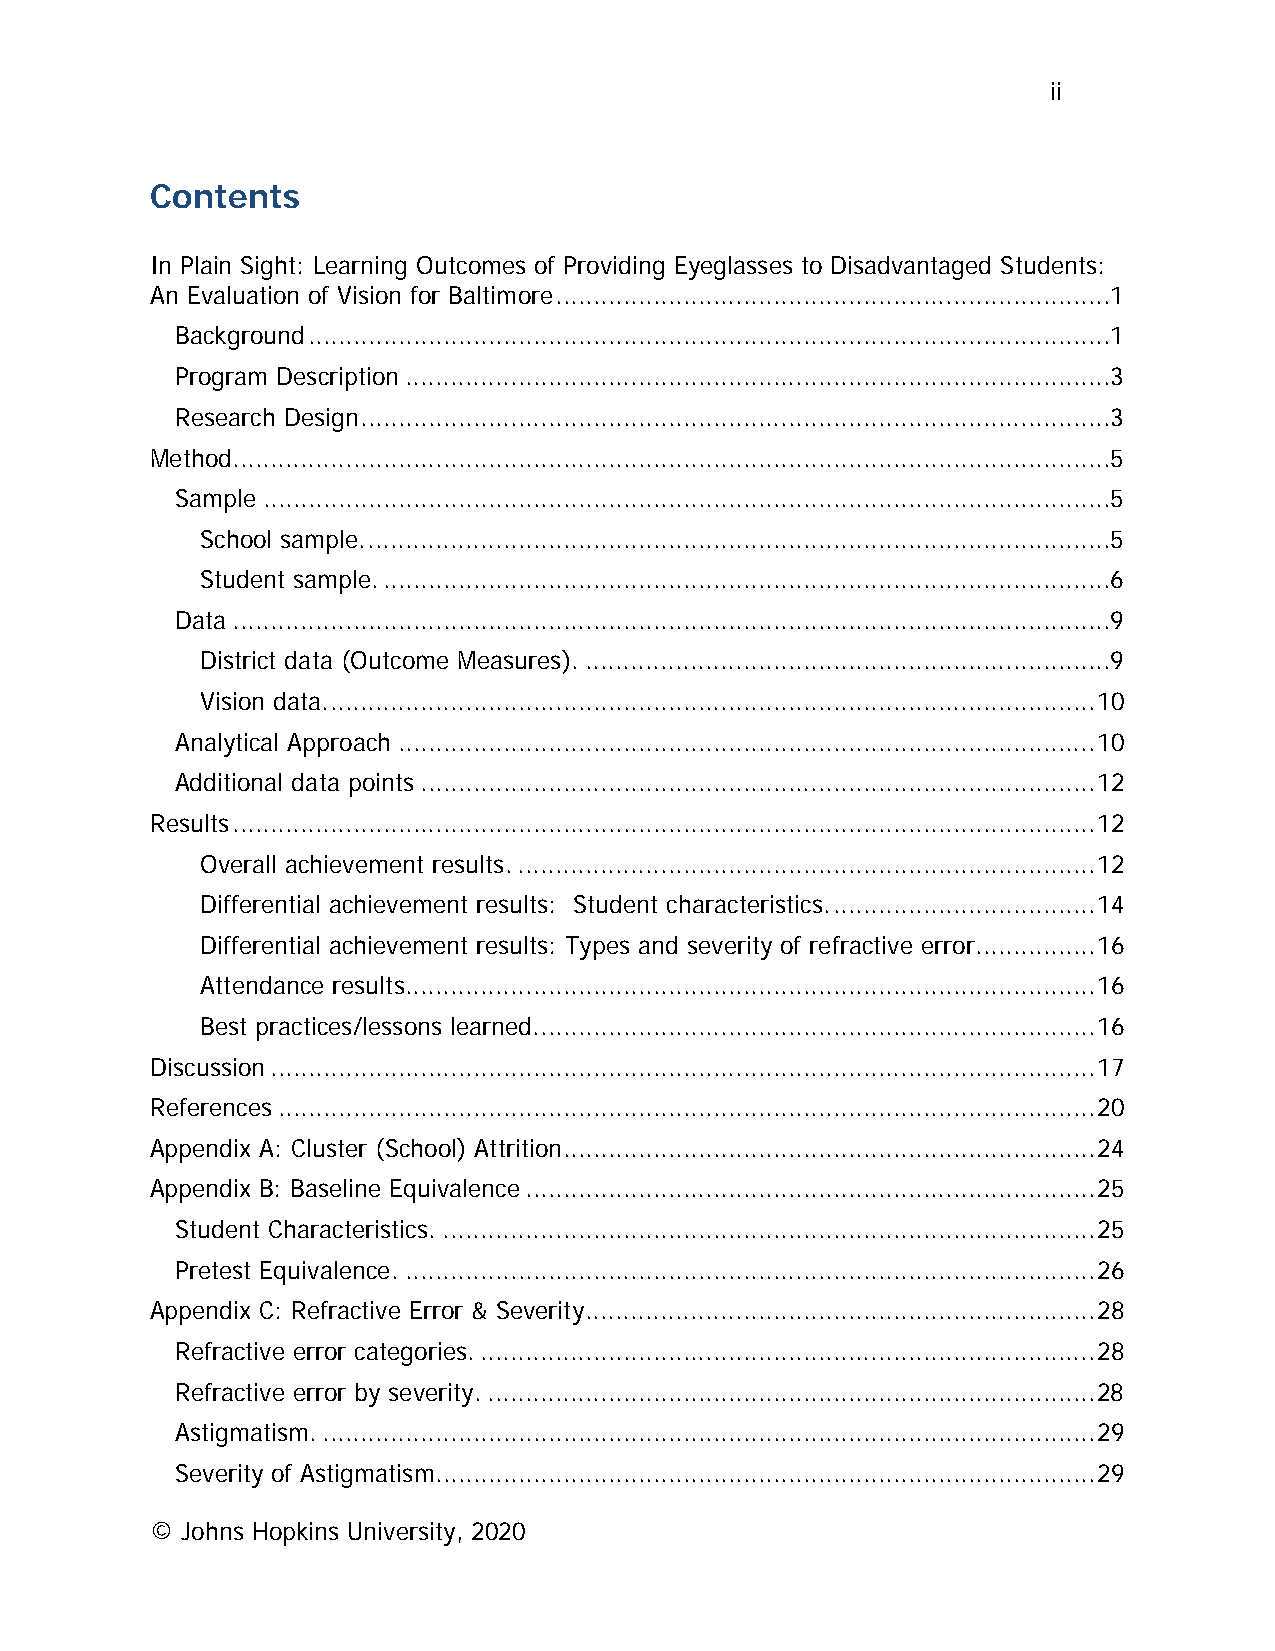
ii
 Contents
 In Plain Sight: Learning Outcomes of Providing Eyeglasses to Disadvantaged Students:
 An Evaluation of Vision for Baltimore .......................................................................... 1
 Background ...........................................................................................................1
 Program Description .............................................................................................. 3
 Research Design ....................................................................................................3
 Method .....................................................................................................................5
 Sample .................................................................................................................5
 School sample. ...................................................................................................5
 Student sample. ................................................................................................. 6
 Data .....................................................................................................................9
 District data (Outcome Measures). ...................................................................... 9
 Vision data. ...................................................................................................... 10
 Analytical Approach ............................................................................................. 10
 Additional data points .......................................................................................... 12
 Results ................................................................................................................... 12
 Overall achievement results. ............................................................................. 12
 Differential achievement results: Student characteristics. ................................... 14
 Differential achievement results: Types and severity of refractive error. ............... 16
 Attendance results. ........................................................................................... 16
 Best practices/lessons learned. .......................................................................... 16
 Discussion .............................................................................................................. 17
 References ............................................................................................................. 20
 Appendix A: Cluster (School) Attrition....................................................................... 24
 Appendix B: Baseline Equivalence ............................................................................ 25
 Student Characteristics. ....................................................................................... 25
 Pretest Equivalence. ............................................................................................ 26
 Appendix C: Refractive Error & Severity .................................................................... 28
 Refractive error categories. .................................................................................. 28
 Refractive error by severity. ................................................................................. 28
 Astigmatism. ....................................................................................................... 29
 Severity of Astigmatism. ....................................................................................... 29
 © Johns Hopkins University, 2020